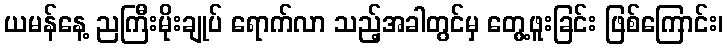
ယမန်နေ့ ညကြီးမိုးချုပ် ရောက်လာ သည့်အခါတွင်မှ တွေ့ဖူးခြင်း ဖြစ်ကြောင်း၊